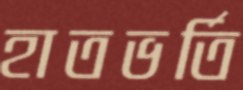
হাতভর্তি